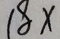
1 8 x